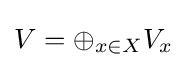
V=\oplus _{x\in X}V_{x}